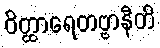
ဝိတ္ထာရေတဗ္ဗာနီတိ